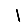
Digit: 1